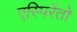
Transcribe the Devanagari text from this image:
एस्पिरेंतो